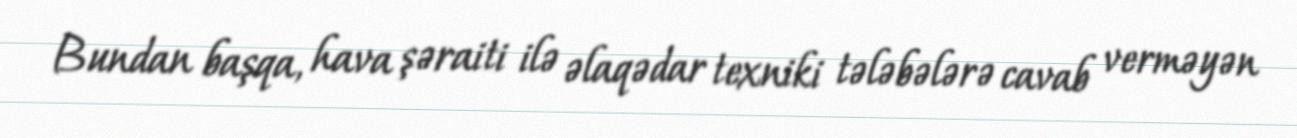
Bundan başqa, hava şəraiti ilə əlaqədar texniki tələbələrə cavab verməyən